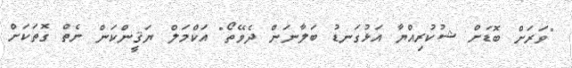
"ވަރަށް ބޮޑަށް ޝުކުރިއްޔާ އަޅުގަނޑު ބަލާނަން ދެވޭތޯ" އަކްމަލް ޔަޤީންކަން ނެތް ގޮތަކަށް